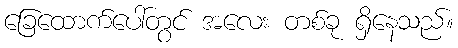
ခြေထောက်ပေါ်တွင် အလေး တစ်ခု ရှိနေသည်။